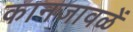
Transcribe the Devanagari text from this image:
कानजावळें